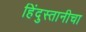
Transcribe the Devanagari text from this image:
हिंदुस्तानीचा